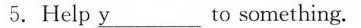
5.Help \underline{y} to something.